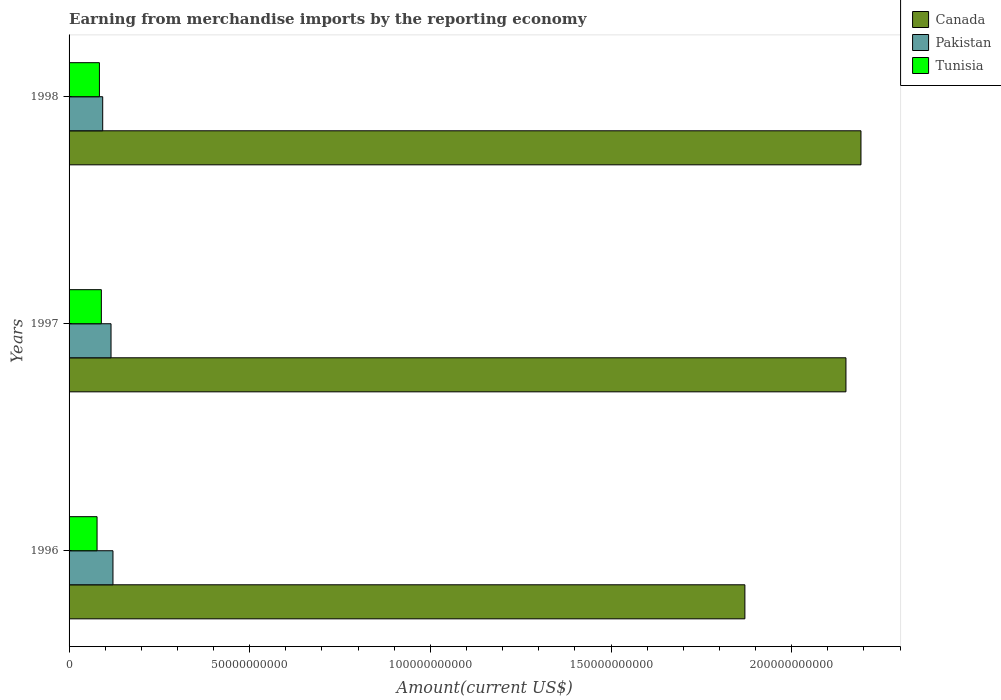
| Years | Canada | Pakistan | Tunisia |
 | --- | --- | --- | --- |
 | 1996 | 1.87e+11 | 1.21e+10 | 7.75e+09 |
 | 1997 | 2.15e+11 | 1.16e+10 | 8.93e+09 |
 | 1998 | 2.19e+11 | 9.31e+09 | 8.4e+09 |